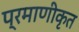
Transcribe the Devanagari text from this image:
प्रमाणीकृत